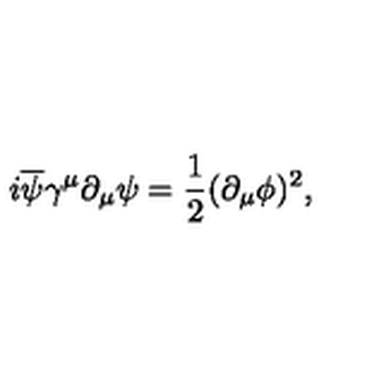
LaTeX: i \overline { { \psi } } \gamma ^ { \mu } \partial _ { \mu } \psi = \frac { 1 } { 2 } ( \partial _ { \mu } \phi ) ^ { 2 } ,